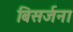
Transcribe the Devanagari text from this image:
बिसर्जना